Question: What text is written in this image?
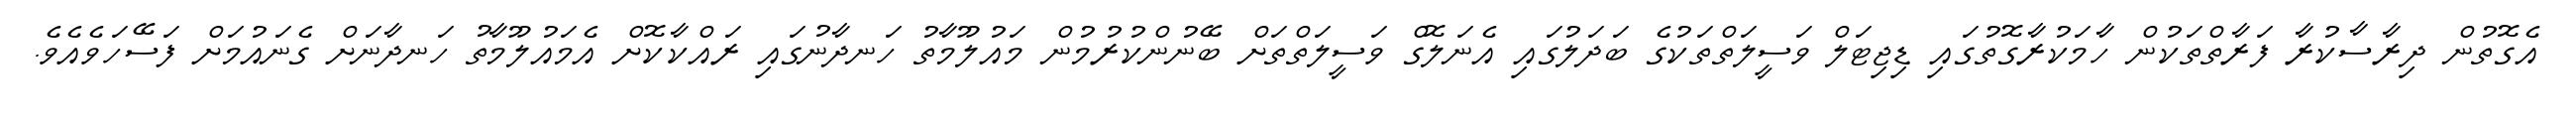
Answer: އެގޮތުން ދިރާސާކުރާ ފަރާތްތަކުން ހާމަކުރާގޮތުގައި ޑިޖިޓަލް ވަސީލަތްތަކުގެ ބަދަލުގައި އެނަލޮގް ވަސީލަތްތަށް ބޭނުންކުރުމުން މައުލޫމާތު ހަނދާނުގައި ރައްކާކޮށް އެމައުލޫމާތު ހަނދާނަށް ގެނައުމަށް ފަސޭހަވެއެވެ.